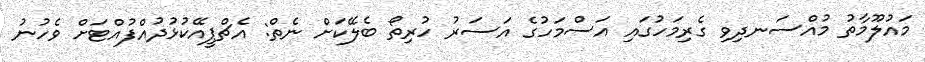
މައުލޫމާތު މުއްސަނދިވި ގެރިމަހުގައި އަސްމަހުގެ އަސަރު ހުރިތޯ ބެލޭކަށް ނެތް: އެޗްޕީއޭކުޅުދުއްފުއްޓަށް ވެހުނު